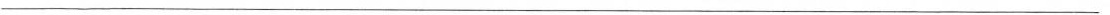
___